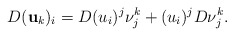
\begin{align*}D(\mathbf{u}_k)_i &= D(u_i)^j \nu_j^k + (u_i)^j D \nu_j^k . \end{align*}